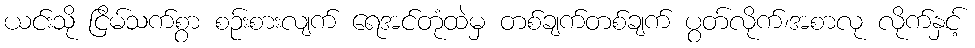
ယင်းသို ငြိမ်သက်စွာ စဉ်းစားလျက် ရေအင်တုံထဲမှ တစ်ချက်တစ်ချက် ပွတ်လိုက်၊အစာလု လိုက်နှင့်